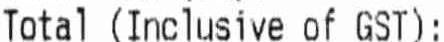
TOTAL (INCLUSIVE OF GST):